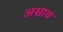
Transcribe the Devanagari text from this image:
अस्राव